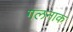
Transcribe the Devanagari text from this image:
गलनाक